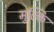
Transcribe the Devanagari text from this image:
मुल्कि